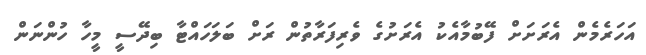
އަހަރެމެން އެރަށަށް ފޭބުމާއެކު އެރަށުގެ ވެރިފަރާތުން ރަށް ބަލަހައްޓާ ބިދޭސީ މީހާ ހުންނަން